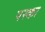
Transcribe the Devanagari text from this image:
यस्का